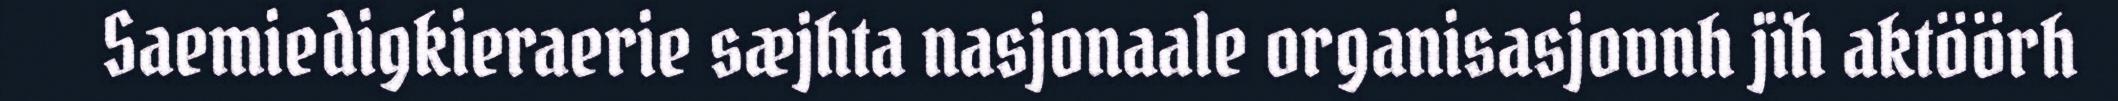
Saemiedigkieraerie sæjhta nasjonaale organisasjovnh jïh aktöörh